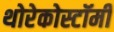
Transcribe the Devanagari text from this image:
थोरेकोस्टॉमी